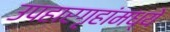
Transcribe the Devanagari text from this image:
उपहारगृहांमध्ये